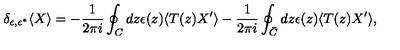
\delta _ { \epsilon , \epsilon ^ { * } } \langle X \rangle = - \frac { 1 } { 2 \pi i } \oint _ { C } d z \epsilon ( z ) \langle T ( z ) X ^ { \prime } \rangle - \frac { 1 } { 2 \pi i } \oint _ { \bar { C } } d z \epsilon ( z ) \langle T ( z ) X ^ { \prime } \rangle ,